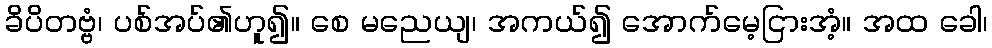
ခိပိတဗ္ဗံ၊ ပစ်အပ်၏ဟူ၍။ စေ မညေယျ၊ အကယ်၍ အောက်မေ့ငြားအံ့။ အထ ခေါ၊